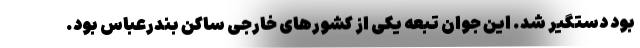
بود دستگیر شد. این جوان تبعه یکی از کشورهای خارجی ساکن بندرعباس بود.